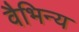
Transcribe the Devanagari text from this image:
वैभिन्य